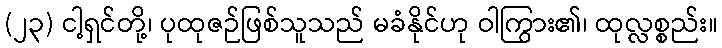
(၂၃) ငါ့ရှင်တို့၊ ပုထုဇဉ်ဖြစ်သူသည် မခံနိုင်ဟု ဝါကြွား၏၊ ထုလ္လစ္စည်း။